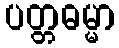
ပတ္တဓမ္မာ